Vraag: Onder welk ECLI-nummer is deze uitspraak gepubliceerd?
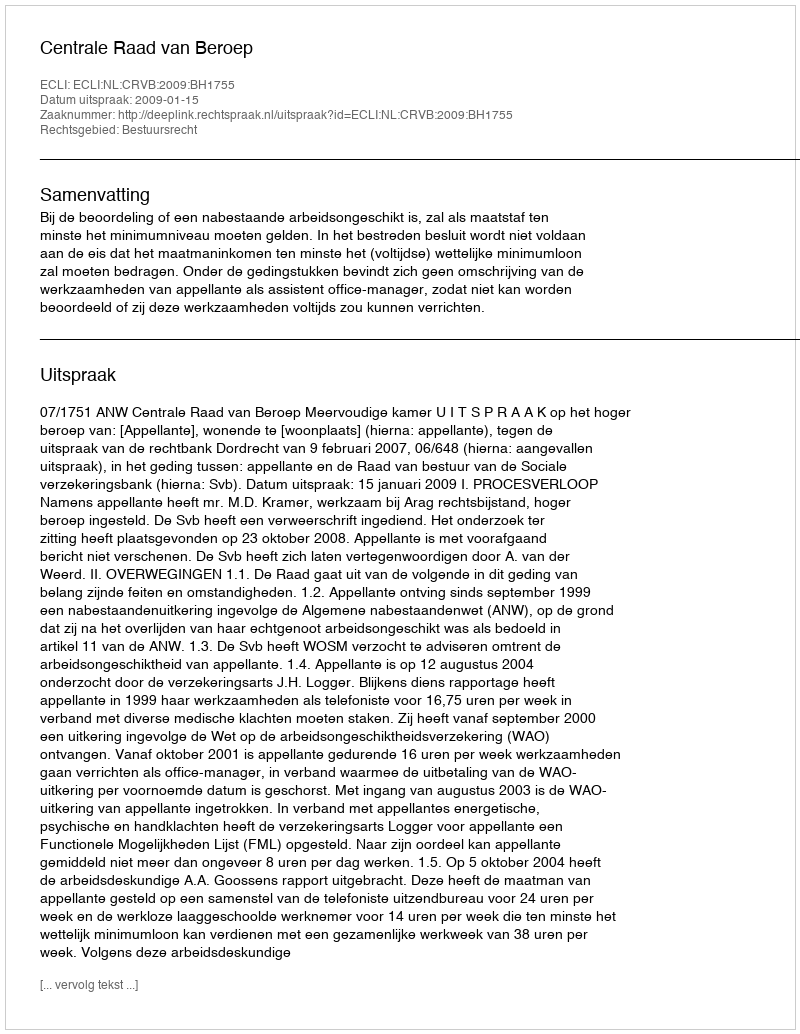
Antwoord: ECLI:NL:CRVB:2009:BH1755